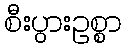
စီးပွားဥစ္စာ